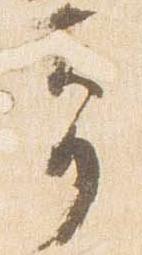
奇